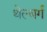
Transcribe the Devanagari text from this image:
थेल्बर्ग